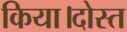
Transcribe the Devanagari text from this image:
किया।दोस्त